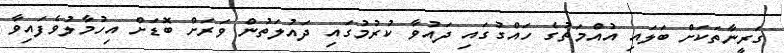
ގަރީނާތަކަށް ބަލައި އުއްމަތުގެ ހައްގުގައި ދައުވާ ކުރުމުގައި ދައުލަތުން ވަރަށް ބޮޑަށް އިހުމާލުވެފައިވާ